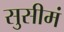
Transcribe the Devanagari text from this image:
सुसीमं